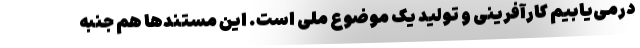
درمی‌یابیم کارآفرینی و تولید یک موضوع ملی است. این مستندها هم جنبه